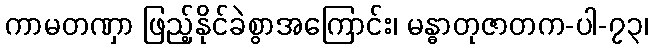
ကာမတဏှာ ဖြည့်နိုင်ခဲစွာအကြောင်း၊ မန္ဓာတုဇာတက-ပါ-၇၃၊